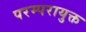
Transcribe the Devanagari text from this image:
परम्परायुक्त